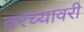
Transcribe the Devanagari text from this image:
वरच्यावरी